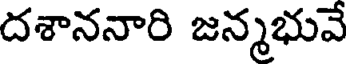
దశాననారి జన్మభువే